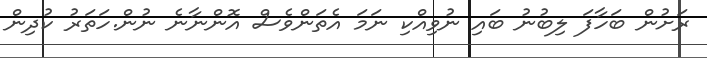
ރަށުން ބަހާފަ ލިބުނު ބައި ނުވިއްކި ނަމަ އެތަންވެސް އޮންނާނެ ނުން.ހަތަރު ކުދިން